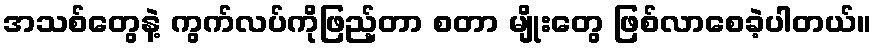
အသစ်တွေနဲ့ ကွက်လပ်ကိုဖြည့်တာ စတာ မျိုးတွေ ဖြစ်လာစေခဲ့ပါတယ်။